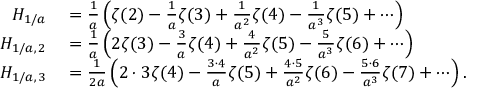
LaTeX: \begin{array} { r l } { H _ { 1 / a } } & { { } = { \frac { 1 } { a } } \left( \zeta ( 2 ) - { \frac { 1 } { a } } \zeta ( 3 ) + { \frac { 1 } { a ^ { 2 } } } \zeta ( 4 ) - { \frac { 1 } { a ^ { 3 } } } \zeta ( 5 ) + \cdots \right) } \\ { H _ { 1 / a , \, 2 } } & { { } = { \frac { 1 } { a } } \left( 2 \zeta ( 3 ) - { \frac { 3 } { a } } \zeta ( 4 ) + { \frac { 4 } { a ^ { 2 } } } \zeta ( 5 ) - { \frac { 5 } { a ^ { 3 } } } \zeta ( 6 ) + \cdots \right) } \\ { H _ { 1 / a , \, 3 } } & { { } = { \frac { 1 } { 2 a } } \left( 2 \cdot 3 \zeta ( 4 ) - { \frac { 3 \cdot 4 } { a } } \zeta ( 5 ) + { \frac { 4 \cdot 5 } { a ^ { 2 } } } \zeta ( 6 ) - { \frac { 5 \cdot 6 } { a ^ { 3 } } } \zeta ( 7 ) + \cdots \right) . } \end{array}